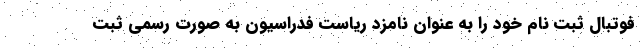
فوتبال ثبت نام خود را به عنوان نامزد ریاست فدراسیون به صورت رسمی ثبت